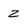
Character: z